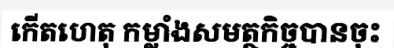
កើតហេតុ កម្លាំងសមត្ថកិច្ចបានចុះ